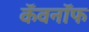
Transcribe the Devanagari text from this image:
कॅवनॉफ